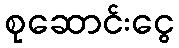
စုဆောင်းငွေ